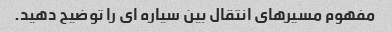
مفهوم مسیرهای انتقال بین سیاره ای را توضیح دهید.